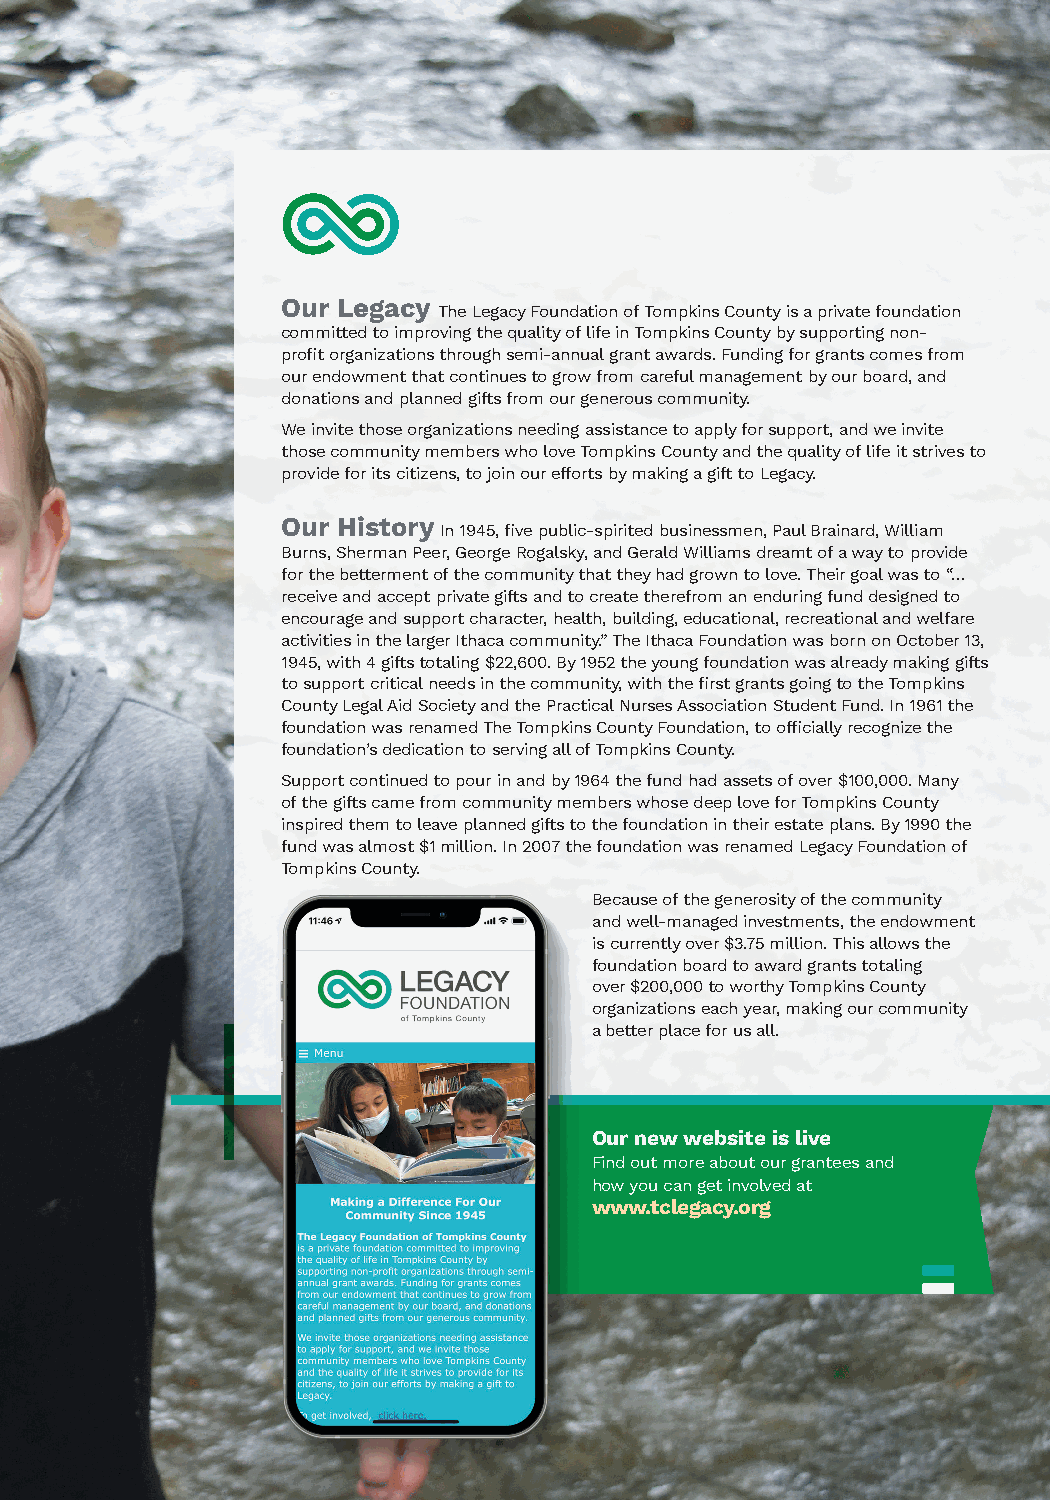
LEGACY
 FOUNDATION
 of Tompkins County
 Our Legacy
 The Legacy Foundation of Tompkins County is a private foundation
 committed to improving the quality of life in Tompkins County by supporting non-
 profit organizations through semi-annual grant awards. Funding for grants comes from
 our endowment that continues to grow from careful management by our board, and
 donations and planned gifts from our generous community.
 We invite those organizations needing assistance to apply for support, and we invite
 those community members who love Tompkins County and the quality of life it strives to
 provide for its citizens, to join our efforts by making a gift to Legacy.
 Our History
 In 1945, five public-spirited businessmen, Paul Brainard, William
 Burns, Sherman Peer, George Rogalsky, and Gerald Williams dreamt of a way to provide
 for the betterment of the community that they had grown to love. Their goal was to “…
 receive and accept private gifts and to create therefrom an enduring fund designed to
 encourage and support character, health, building, educational, recreational and welfare
 activities in the larger Ithaca community.” The Ithaca Foundation was born on October 13,
 1945, with 4 gifts totaling $22,600. By 1952 the young foundation was already making gifts
 to support critical needs in the community, with the first grants going to the Tompkins
 County Legal Aid Society and the Practical Nurses Association Student Fund. In 1961 the
 foundation was renamed The Tompkins County Foundation, to officially recognize the
 foundation’s dedication to serving all of Tompkins County.
 Support continued to pour in and by 1964 the fund had assets of over $100,000. Many
 of the gifts came from community members whose deep love for Tompkins County
 inspired them to leave planned gifts to the foundation in their estate plans. By 1990 the
 fund was almost $1 million. In 2007 the foundation was renamed Legacy Foundation of
 Tompkins County.
 Because of the generosity of the community
 and well-managed investments, the endowment
 is currently over $3.75 million. This allows the
 foundation board to award grants totaling
 over $200,000 to worthy Tompkins County
 organizations each year, making our community
 a better place for us all.
 Our new website is live
 Find out more about our grantees and
 how you can get involved at
 www.tclegacy.org